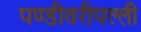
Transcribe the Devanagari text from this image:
पण्डीवरीपल्ली